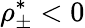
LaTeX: \rho_{\pm}^{*}<0